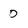
Character: 0